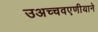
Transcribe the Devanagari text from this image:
उअच्चवएणीयाने